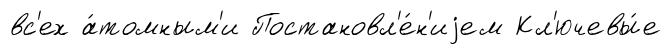
вс'ех а́томным'и Постановл'е́н'иjем Кл'ючевы́е